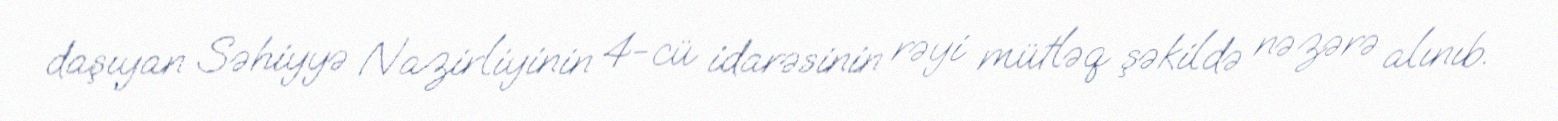
daşıyan Səhiyyə Nazirliyinin 4-cü idarəsinin rəyi mütləq şəkildə nəzərə alınıb.